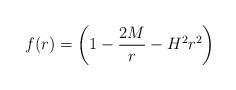
LaTeX: \begin{align*}f(r) = \left(1-{2M\over r} - H^2 r^2\right)\end{align*}